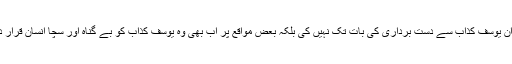
لیکن اس دوران یوسف کذاب سے دست برداری کی بات تک نہیں کی بلکہ بعض مواقع پر اب بھی وہ یوسف کذاب کو بے گناہ اور سچا انسان قرار دے رہے ہیں۔